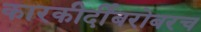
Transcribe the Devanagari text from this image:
कारकीर्दीबरोबरच